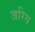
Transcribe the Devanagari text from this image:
जरिय